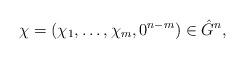
LaTeX: \begin{align*} \chi = (\chi_1,\dots,\chi_m,0^{n-m}) \in \hat{G}^n,\end{align*}